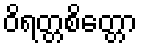
ဝိရတ္တစိတ္တော